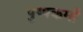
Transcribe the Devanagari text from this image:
पुष्पक्रमों